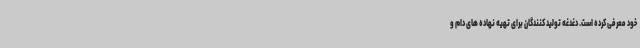
خود معرفی کرده است. دغدغه تولید کنندگان برای تهیه نهاده های دام و